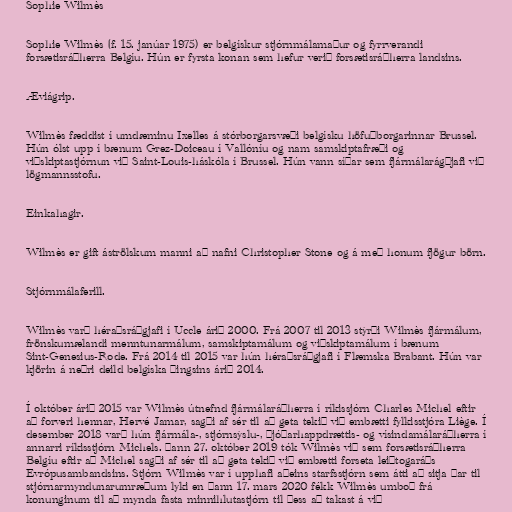
Sophie Wilmès

Sophie Wilmès (f. 15. janúar 1975) er belgískur stjórnmálamaður og fyrrverandi
forsætisráðherra Belgíu. Hún er fyrsta konan sem hefur verið forsætisráðherra landsins.

Æviágrip.

Wilmès fæddist í umdæminu Ixelles á stórborgarsvæði belgísku höfuðborgarinnar Brussel.
Hún ólst upp í bænum Grez-Doiceau í Vallóníu og nam samskiptafræði og
viðskiptastjórnun við Saint-Louis-háskóla í Brussel. Hún vann síðar sem fjármálarágðjafi við
lögmannsstofu.

Einkahagir.

Wilmès er gift áströlskum manni að nafni Christopher Stone og á með honum fjögur börn.

Stjórnmálaferill.

Wilmès varð héraðsráðgjafi í Uccle árið 2000. Frá 2007 til 2013 stýrði Wilmès fjármálum,
frönskumælandi menntunarmálum, samskiptamálum og viðskiptamálum í bænum
Sint-Genesius-Rode. Frá 2014 til 2015 var hún héraðsráðgjafi í Flæmska Brabant. Hún var
kjörin á neðri deild belgíska þingsins árið 2014.

Í október árið 2015 var Wilmès útnefnd fjármálaráðherra í ríkissjórn Charles Michel eftir
að forveri hennar, Hervé Jamar, sagði af sér til að geta tekið við embætti fylkisstjóra Liège. Í
desember 2018 varð hún fjármála-, stjórnsýslu-, þjóðarhappdrættis- og vísindamálaráðherra í
annarri ríkisstjórn Michels. Þann 27. október 2019 tók Wilmès við sem forsætisráðherra
Belgíu eftir að Michel sagði af sér til að geta tekið við embætti forseta leiðtogaráðs
Evrópusambandsins. Stjórn Wilmès var í upphafi aðeins starfsstjórn sem átti að sitja þar til
stjórnarmyndunarumræðum lyki en þann 17. mars 2020 fékk Wilmès umboð frá
konunginum til að mynda fasta minnihlutastjórn til þess að takast á við